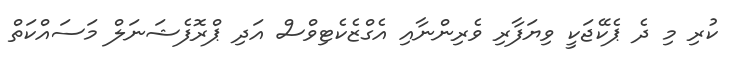
ކުރި މި ދެ ޕެކޭޖަކީ ވިޔަފާރި ވެރިންނާއި އެގްޒެކެޓިވްސް އަދި ޕްރޮފެޝަނަލް މަސައްކަތް